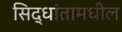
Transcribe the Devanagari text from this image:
सिद्धांतामधील